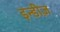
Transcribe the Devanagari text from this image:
इन्डीज़